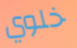
خلوي